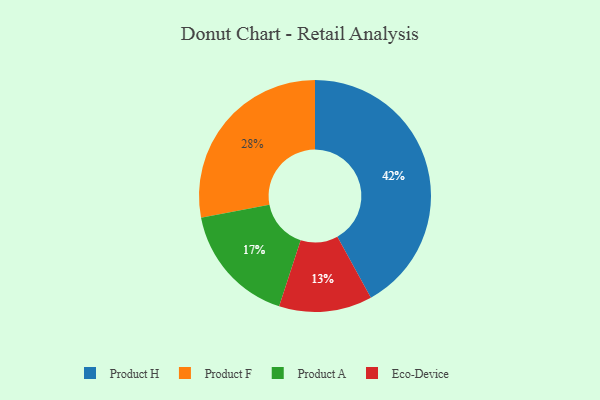
{"axis": {"x": "Category", "y": "Percentage"}, "legend": ["Eco-Device", "Product A", "Product F", "Product H"], "data": [{"x": "Product F", "y": 28, "type": "Product F"}, {"x": "Eco-Device", "y": 13, "type": "Eco-Device"}, {"x": "Product A", "y": 17, "type": "Product A"}, {"x": "Product H", "y": 42, "type": "Product H"}]}